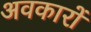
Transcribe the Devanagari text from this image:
अवकारों